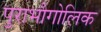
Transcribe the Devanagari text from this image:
पुराभौगोलिक